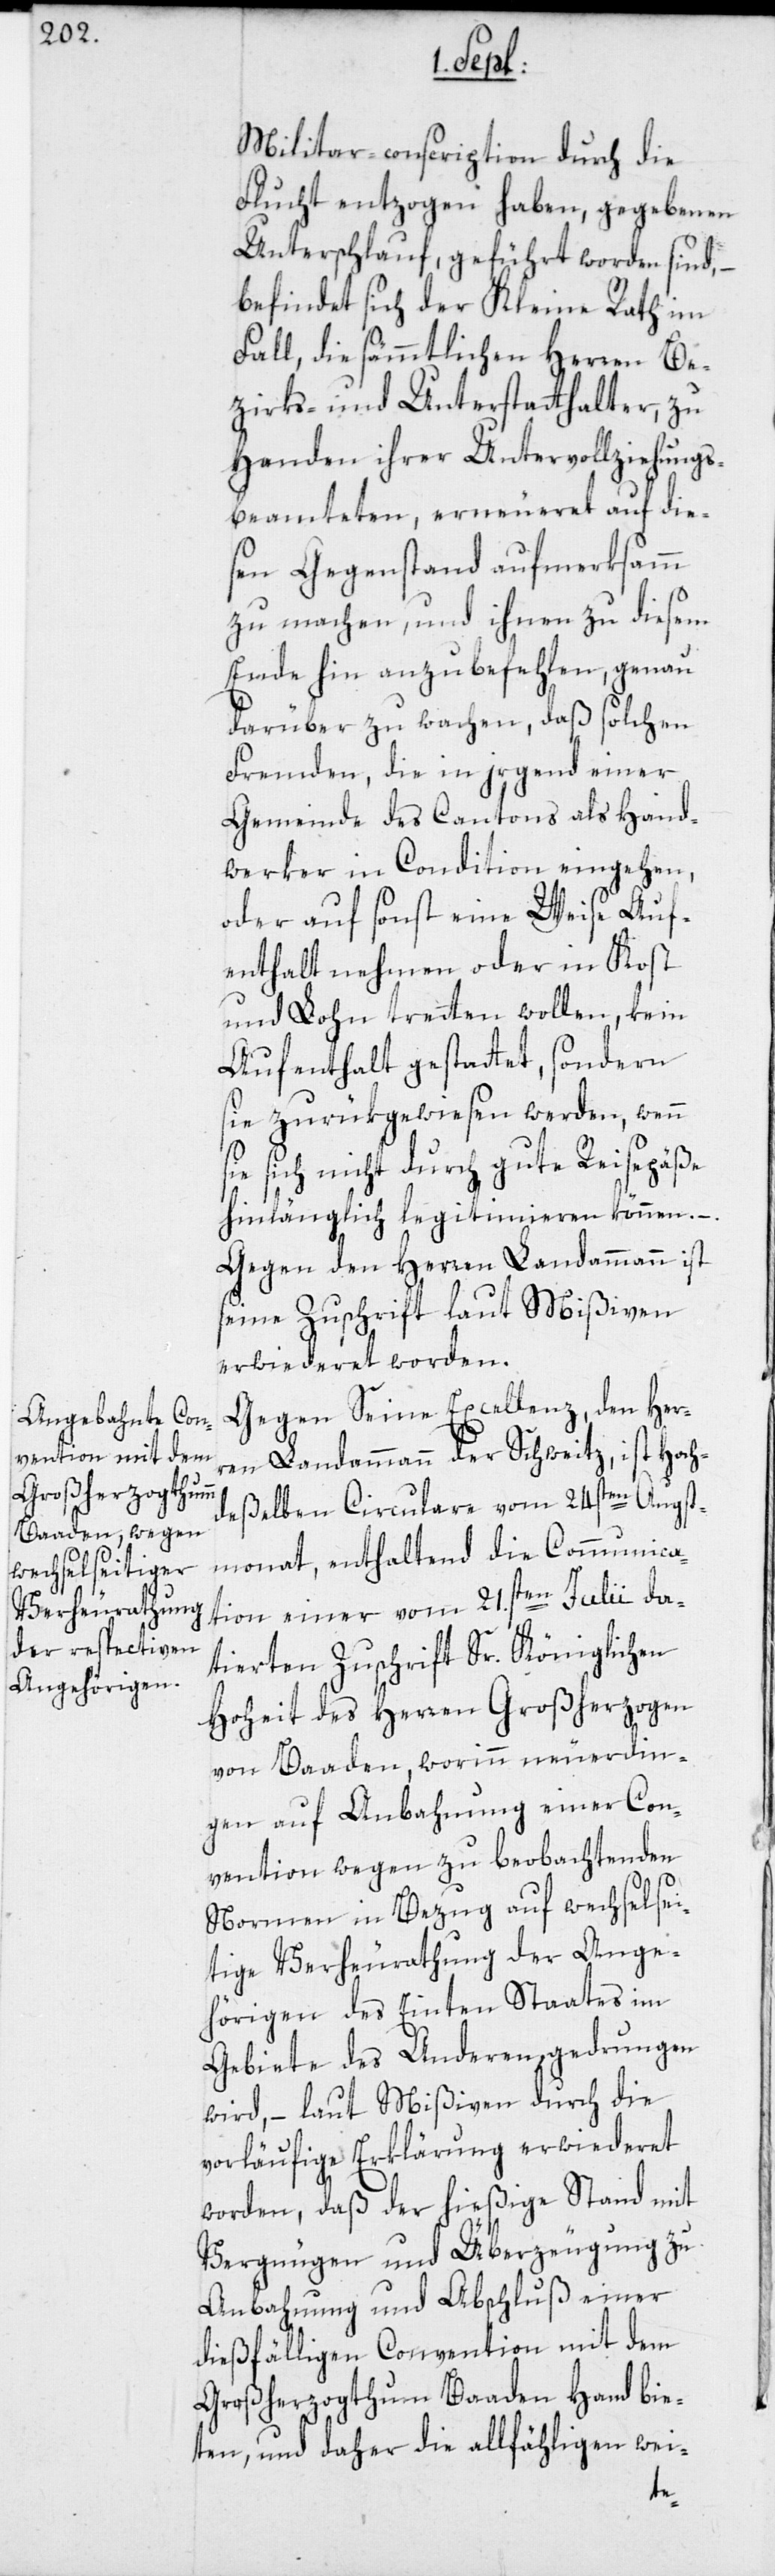
Militar-conscription durch die
Flucht entzogen haben, gegebenen
Unterschlauf, geführt worden sind, –
befindet sich der Kleine Rath im
Fall, die sämmtlichen Herren Be¬
zirks- und Unterstatthalter, zu
Handen ihrer Untervollziehungs¬
beamteten, erneueret auf die¬
sen Gegenstand aufmerksamm
zu machen, und ihnen zu diesem
Ende hin anzubefehlen, genau
darüber zu wachen, daß solchen
Fremden, die in irgend einer
Gemeinde des Cantons als Hand¬
werker in Condition eingehen,
oder auf sonst eine Weise Auf¬
enthalt nehmen oder in Kost
und Lohn tretten wollen, kein
Aufenthalt gestattet, sondern
sie zurükgewiesen werden, wenn
sich nicht durch gute Reisepäße
hinlänglich legitimieren können. –.
Gegen den Herren Landammann ist
seine Zuschrift laut Mißiven
erwiederet worden.
Gegen Seine Excellenz, den Her¬
ren Landammann der Schweitz, ist Hoch¬
deßelben Circulare vom 24sten Augst¬
monat, enthaltend die Communica¬
tion einer vom 21.sten Julii da¬
tierten Zuschrift Sr. Königlichen
Hoheit des Herren Großherzogen
von Baaden, worinn neuerdin¬
gen auf Anbahnung einer Con¬
vention wegen zu beobachtenden
Normen in Bezug auf wechselsei¬
tige Verheurathung der Ange¬
hörigen des Einten Staates im
Gebiete des Anderen, gedrungen
wird, – laut Mißiven durch die
vorläufige Erklärung erwiederet
worden, daß der hießige Stand mit
Vergnügen und Überzeugung zu
Anbahnung und Abschluß einer
dießfälligen Convention mit dem
Großherzogtum Baaden Hand bie¬
ten, und daher die allfähligen wei-